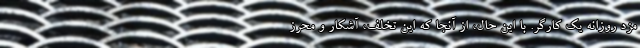
مزد روزانه یک کارگر. با این حال، از آنجا که این تخلف، آشکار و محرز